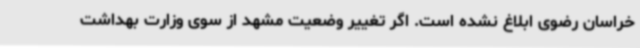
خراسان رضوی ابلاغ نشده است. اگر تغییر وضعیت مشهد از سوی وزارت بهداشت